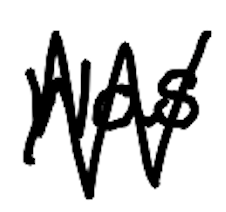
Text: was
Cross-out: zig-zag
Writing tool: digital_black